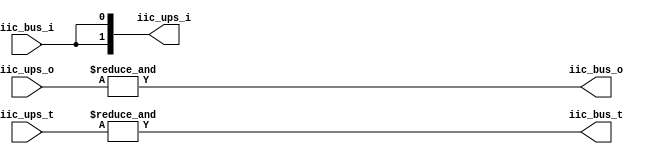


module tri_chain #(
	parameter integer N_IFS = 2
)
(
	input  iic_bus_i,
	output iic_bus_o,
	output iic_bus_t,
	output [N_IFS-1:0] iic_ups_i,
	input  [N_IFS-1:0] iic_ups_o,
	input  [N_IFS-1:0] iic_ups_t);

assign iic_ups_i = { N_IFS { iic_bus_i } };

	assign iic_bus_o = & iic_ups_o;
	assign iic_bus_t = & iic_ups_t;

endmodule

module i2c_chain
(
	input  iic_bus_sda_i,
	output iic_bus_sda_o,
	output iic_bus_sda_t,

	input  iic_bus_scl_i,
    output iic_bus_scl_o,
    output iic_bus_scl_t,
    
    output iic_ups_1_sda_i,
    input  iic_ups_1_sda_o,
    input  iic_ups_1_sda_t,
    output iic_ups_1_scl_i,
    input  iic_ups_1_scl_o,
    input  iic_ups_1_scl_t,
    
    output iic_ups_2_sda_i,
    input  iic_ups_2_sda_o,
    input  iic_ups_2_sda_t,
    output iic_ups_2_scl_i,
    input  iic_ups_2_scl_o,
    input  iic_ups_2_scl_t,    
    
    output iic_ups_3_sda_i,
    input  iic_ups_3_sda_o,
    input  iic_ups_3_sda_t,
    output iic_ups_3_scl_i,
    input  iic_ups_3_scl_o,
    input  iic_ups_3_scl_t
);
localparam N_IFS = 3;

wire [N_IFS-1:0] iic_ups_sda_i;

	assign iic_ups_1_sda_i = iic_ups_sda_i [ 0 ];
	assign iic_ups_2_sda_i = iic_ups_sda_i [ 1 ];
	assign iic_ups_3_sda_i = iic_ups_sda_i [ 2 ];

wire [N_IFS-1:0] iic_ups_sda_o = {
    iic_ups_3_sda_o,
    iic_ups_2_sda_o,
    iic_ups_1_sda_o
};
wire [N_IFS-1:0] iic_ups_sda_t = {
    iic_ups_3_sda_t,
    iic_ups_2_sda_t,
    iic_ups_1_sda_t
};

wire [N_IFS-1:0] iic_ups_scl_i;

	assign iic_ups_1_scl_i = iic_ups_scl_i [ 0 ];
	assign iic_ups_2_scl_i = iic_ups_scl_i [ 1 ];
	assign iic_ups_3_scl_i = iic_ups_scl_i [ 2 ];

wire [N_IFS-1:0] iic_ups_scl_o = {
    iic_ups_3_scl_o,
    iic_ups_2_scl_o,
    iic_ups_1_scl_o
};
wire [N_IFS-1:0] iic_ups_scl_t = {
    iic_ups_3_scl_t,
    iic_ups_2_scl_t,
    iic_ups_1_scl_t
};


    tri_chain #(.N_IFS(N_IFS)) sda_chain(
        .iic_bus_i(iic_bus_sda_i),
        .iic_bus_o(iic_bus_sda_o),
        .iic_bus_t(iic_bus_sda_t),
        .iic_ups_i(iic_ups_sda_i),
        .iic_ups_o(iic_ups_sda_o),
        .iic_ups_t(iic_ups_sda_t)
    );
    
    tri_chain #(.N_IFS(N_IFS)) scl_chain(
        .iic_bus_i(iic_bus_scl_i),
        .iic_bus_o(iic_bus_scl_o),
        .iic_bus_t(iic_bus_scl_t),
        .iic_ups_i(iic_ups_scl_i),
        .iic_ups_o(iic_ups_scl_o),
        .iic_ups_t(iic_ups_scl_t)
    );
endmodule